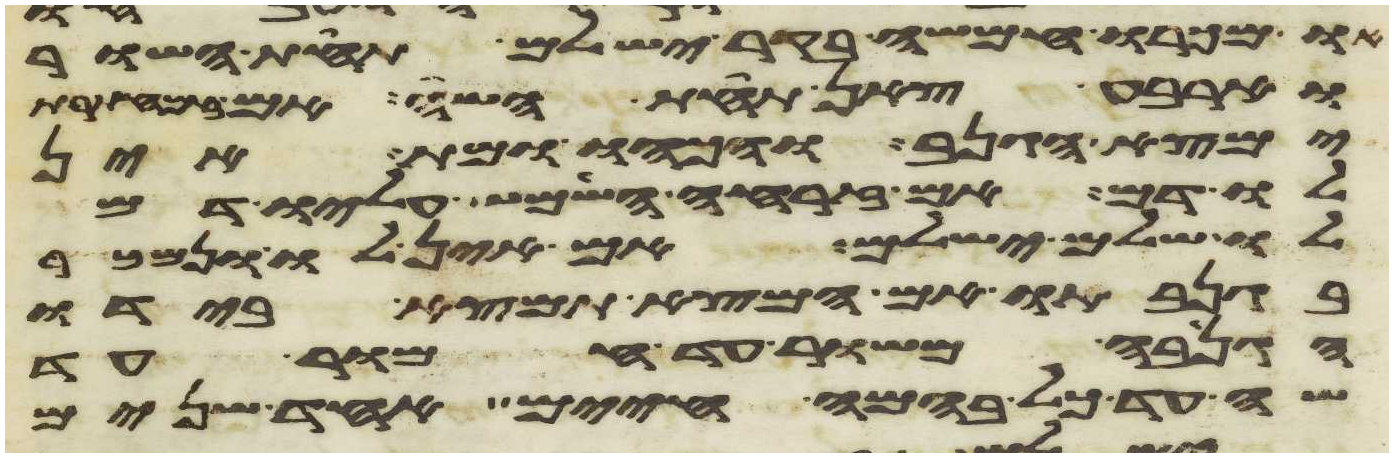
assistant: או מכרו חמשה בקר ישלם תחת השור
וארבע צאן תחת השה אם
ימצא הגנב והכהו ומת אין
לו דם אם זרחה השמש עליו דם
לו שלם ישלם אם אין לו ונמכר
בגנבתו אם המצא תמצא בידו
הגנבה משור עד חמור עד
שה עד כל בהמה חיים אחד שנים